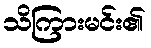
သိကြားမင်း၏